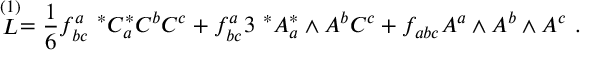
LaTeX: \stackrel { ( 1 ) } { \cal { L } } = { \frac { 1 } { 6 } } f _ { b c } ^ { a } \ ^ { * } C _ { a } ^ { * } C ^ { b } C ^ { c } + f _ { b c } ^ { a } 3 \ ^ { * } A _ { a } ^ { * } \wedge A ^ { b } C ^ { c } + f _ { a b c } A ^ { a } \wedge A ^ { b } \wedge A ^ { c } \ .